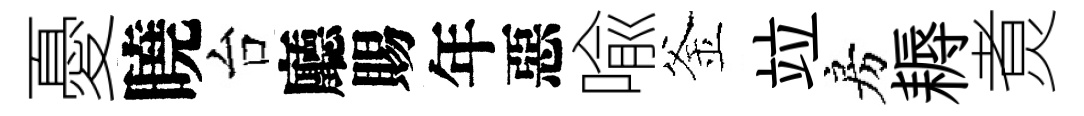
憂曉台廳賜年惡喩釜竝房耨煑